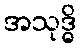
အသုဒ္ဓိ